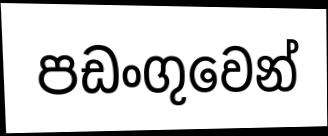
පඩංගුවෙන්